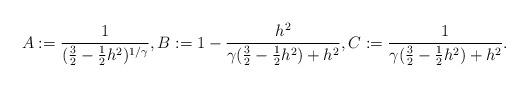
LaTeX: \begin{align*}A:=\frac 1{(\frac32-\frac 12h^2)^{1/\gamma}},B:=1-\frac{h^2}{\gamma(\frac32-\frac 12h^2)+h^2},C:=\frac 1{\gamma(\frac32-\frac 12h^2)+h^2}.\end{align*}